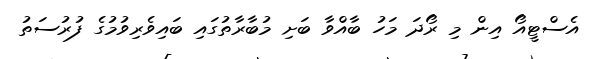
އެސްޓީއޯ އިން މި ރޯދަ މަހު ބާއްވާ ބަށި މުބާރާތުގައި ބައިވެރިވުމުގެ ފުރުސަތު